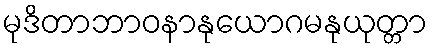
မုဒိတာဘာဝနာနုယောဂမနုယုတ္တာ